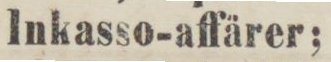
lnkasso-affärer;